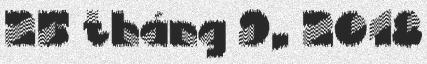
25 tháng 9, 2018